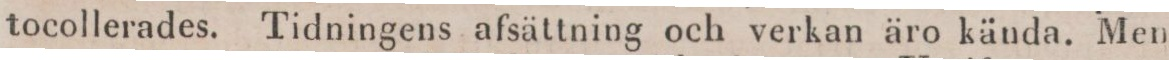
tocollerades. Tidningens afsättning och verkan äro kända. Men